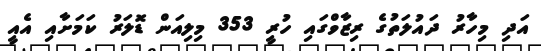
އަދި މިހާރު ދައުލަތުގެ ރިޒާވްގައި ހުރީ 353 މިލިއަން ޑޮލަރު ކަމަށާއި އެއީ